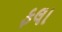
ફલા